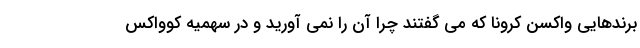
برندهایی واکسن کرونا که می گفتند چرا آن را نمی آورید و در سهمیه کوواکس